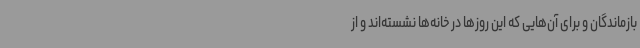
بازماندگان و برای آن‌هایی که این ‌روزها در خانه‌ها نشسته‌اند و از